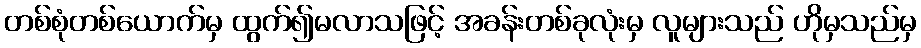
တစ်စုံတစ်ယောက်မှ ထွက်၍မလာသဖြင့် အခန်းတစ်ခုလုံးမှ လူများသည် ဟိုမှသည်မှ